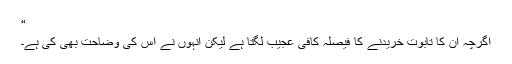
“
اگرچہ اُن کا تابوت خریدنے کا فیصلہ کافی عجیب لگتا ہے لیکن انہوں نے اس کی وضاحت بھی کی ہے۔